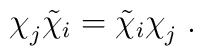
\chi_j^{}\tilde\chi_i=\tilde\chi_i\chi_j^{}\;.